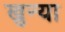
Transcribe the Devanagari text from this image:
खुन्या